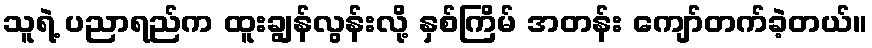
သူရဲ့ ပညာရည်က ထူးချွန်လွန်းလို့ နှစ်ကြိမ် အတန်း ကျော်တက်ခဲ့တယ်။